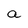
Character: a